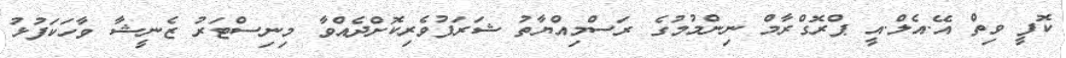
ކޮފީ ވިތް އޭ.އެލް.އީ ޕްރޮގްރާމް ނިންމުމުގެ ރަސްމިއްޔާތު ޝަރަފުވެރިކޮށްދެއްވާ މިނިސްޓަރު ޒެނީޝާ ވާހަކަފުޅު